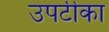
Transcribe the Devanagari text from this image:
उपटीका